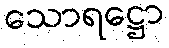
သောရဋ္ဌော